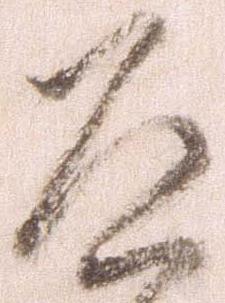
道